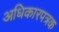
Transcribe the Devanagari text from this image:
अधिकारपत्रक